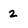
Character: 2